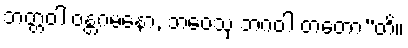
ဘတ္တဝါ ဝန္တဂမနော, ဘဝေသု ဘဂဝါ တတော”တိ။